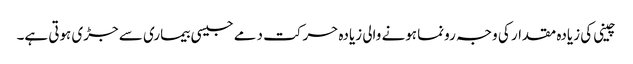
چینی کی زیادہ مقدار کی وجہ رونما ہونے والی زیادہ حرکت دمے جیسی بیماری سے جڑی ہوتی ہے۔